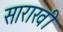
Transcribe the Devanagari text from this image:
साराखी